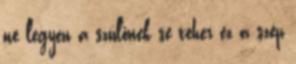
ne legyen a szülőnek se teher ez a szép